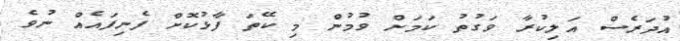
އުދަރެސް އަލިކުރާ ވަގުތު ކަމަށް ވުމުން މި ކޭތަ ފާޅުކޮށް ފެނިފައެއް ނުވެ